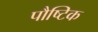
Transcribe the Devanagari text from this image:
पौष्‍िटक